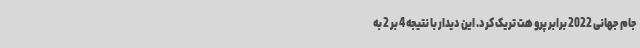
جام جهانی 2022 برابر پرو هت تریک کرد. این دیدار با نتیجه 4 بر 2 به